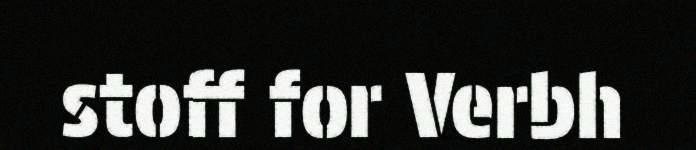
stoff for Verbh